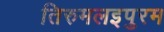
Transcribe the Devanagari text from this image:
तिरुमलइपुरम